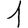
Digit: 1